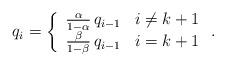
LaTeX: \begin{align*} q_i = \left\{\begin{array}{cr}\frac{\alpha}{1-\alpha}\,q_{i-1} & i\neq k+1 \\ \frac{\beta}{1-\beta}\,q_{i-1} & i=k+1\end{array}\right.. \end{align*}